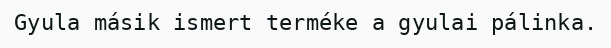
Gyula másik ismert terméke a gyulai pálinka.